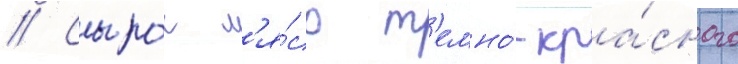
// Сыро́е м'я́со т'емно́-кра́сного